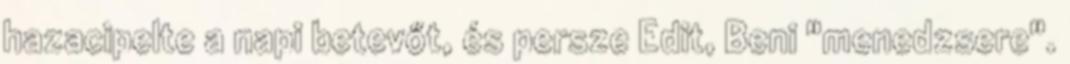
hazacipelte a napi betevőt, és persze Edit, Beni "menedzsere".